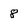
Character: 8